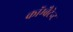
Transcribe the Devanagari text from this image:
कॉम्बैटेन्ट